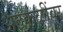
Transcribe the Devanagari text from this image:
अटकळींवर